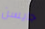
جايسن